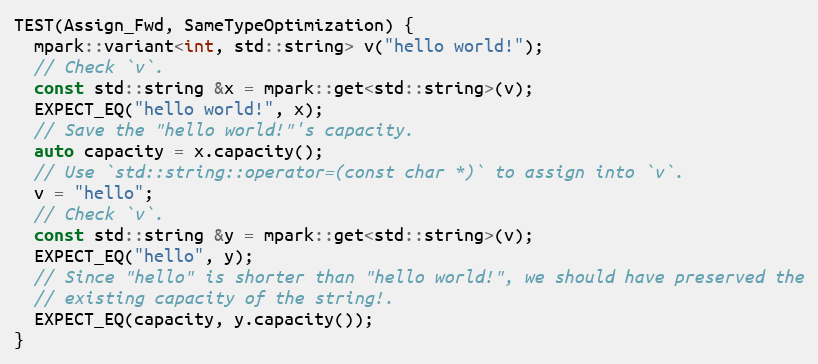
Language: C++
TEST(Assign_Fwd, SameTypeOptimization) {
  mpark::variant<int, std::string> v("hello world!");
  // Check `v`.
  const std::string &x = mpark::get<std::string>(v);
  EXPECT_EQ("hello world!", x);
  // Save the "hello world!"'s capacity.
  auto capacity = x.capacity();
  // Use `std::string::operator=(const char *)` to assign into `v`.
  v = "hello";
  // Check `v`.
  const std::string &y = mpark::get<std::string>(v);
  EXPECT_EQ("hello", y);
  // Since "hello" is shorter than "hello world!", we should have preserved the
  // existing capacity of the string!.
  EXPECT_EQ(capacity, y.capacity());
}